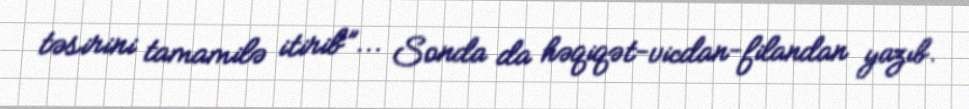
təsirini tamamilə itirib”... Sonda da həqiqət-vicdan-filandan yazıb.